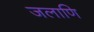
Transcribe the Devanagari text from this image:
जलाणि